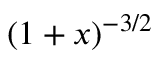
( 1 + x ) ^ { - 3 / 2 }